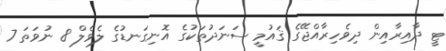
ޓީ ދާއިރާއިން ދިވެހިރާއްޖޭގެ ޤައުމީ ސަނަދުތަކުގެ އޮނިގަނޑުގެ ލެވެލް 8 ނުވަތަ 7